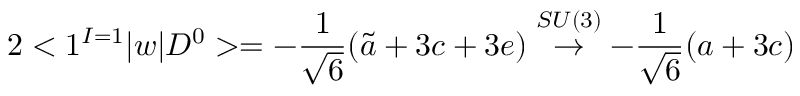
2 < 1 ^ { I = 1 } | w | D ^ { 0 } > = - \frac { 1 } { \sqrt { 6 } } ( \tilde { a } + 3 c + 3 e ) \stackrel { S U ( 3 ) } { \rightarrow } - \frac { 1 } { \sqrt { 6 } } ( a + 3 c )